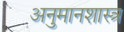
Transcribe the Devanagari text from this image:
अनुमानशास्त्र